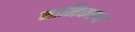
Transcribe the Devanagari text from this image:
मानिकरण